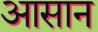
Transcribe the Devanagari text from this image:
अासान